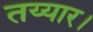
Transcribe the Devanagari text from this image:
तय्यार।